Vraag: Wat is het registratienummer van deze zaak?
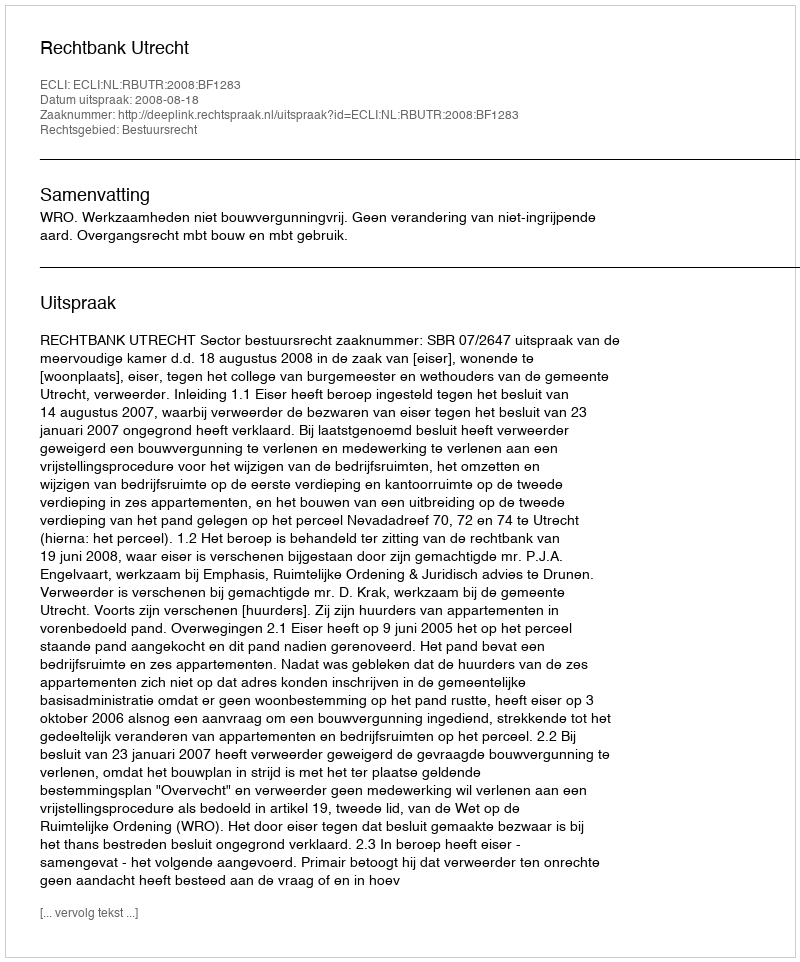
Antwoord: http://deeplink.rechtspraak.nl/uitspraak?id=ECLI:NL:RBUTR:2008:BF1283